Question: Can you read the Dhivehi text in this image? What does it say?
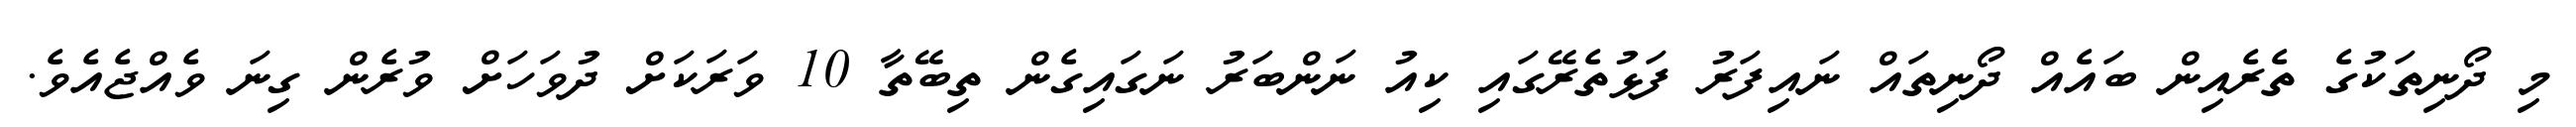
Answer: މި ދޯނިތަކުގެ ތެރެއިން ބައެއް ދޯނިތައް ނައިފަރު ފަޅުތެރޭގައި ކިއު ނަންބަރު ނަގައިގެން ތިބޭތާ 10 ވަރަކަށް ދުވަހަށް ވުރެން ގިނަ ވެއްޖެއެވެ.